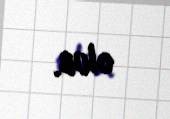
olub.